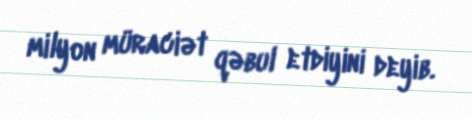
milyon müraciət qəbul etdiyini deyib.